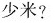
少米?